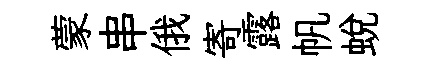
蒙串俄寄露帆蛻